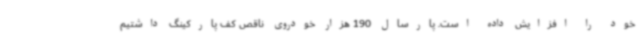
خود را افزایش داده است. پارسال 190 هزار خودروی ناقص کف پارکینگ داشتیم